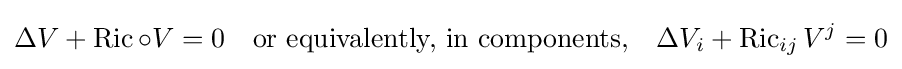
\Delta V+\operatorname {Ric} \circ V=0\quad {\text{or equivalently, in components,}}\quad \Delta V_{i}+\operatorname {Ric} _{ij}V^{j}=0